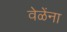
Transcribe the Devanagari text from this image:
वेळेंना